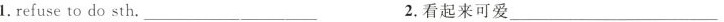
1.refuse to do sth___ 2.看起来可爱___